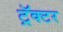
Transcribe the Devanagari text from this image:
ट्रॅक्‍टर